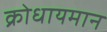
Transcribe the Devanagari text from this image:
क्रोधायमान